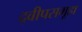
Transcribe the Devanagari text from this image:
द्वीपसमूहा